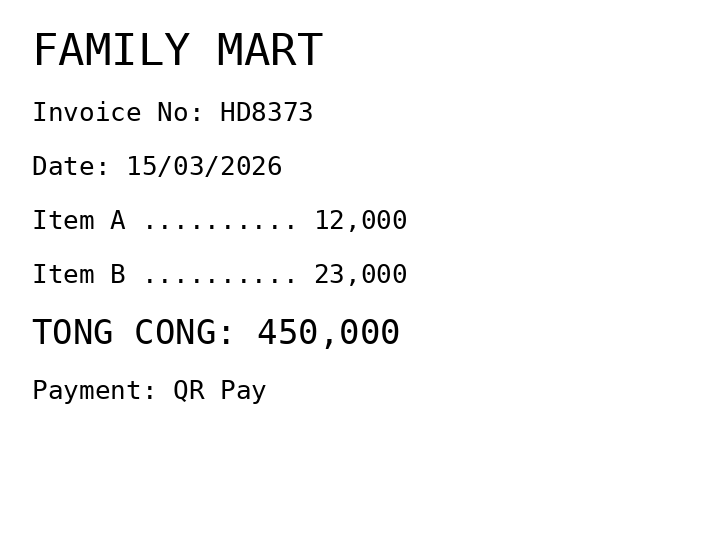
FAMILY MART
Invoice No: HD8373
Date: 15/03/2026
Item A .......... 12,000
Item B .......... 23,000
TONG CONG: 450,000
Payment: QR Pay
Merchant: family mart
Date: 2026-03-15
Total: 450000
Invoice No: HD8373
Payment method: QR